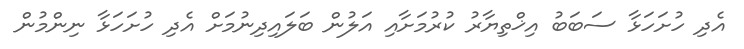
އެދި ހުށަހަޅާ ސަބަބު އިޚްތިޔާރު ކުރުމަށާއި އަލުން ބަލައިދިނުމަށް އެދި ހުށަހަޅާ ނިންމުން